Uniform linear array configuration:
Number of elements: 8
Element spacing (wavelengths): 0.5
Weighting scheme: uniform
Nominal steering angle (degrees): -45
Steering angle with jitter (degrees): -46.878
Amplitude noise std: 0.05
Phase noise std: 0.05

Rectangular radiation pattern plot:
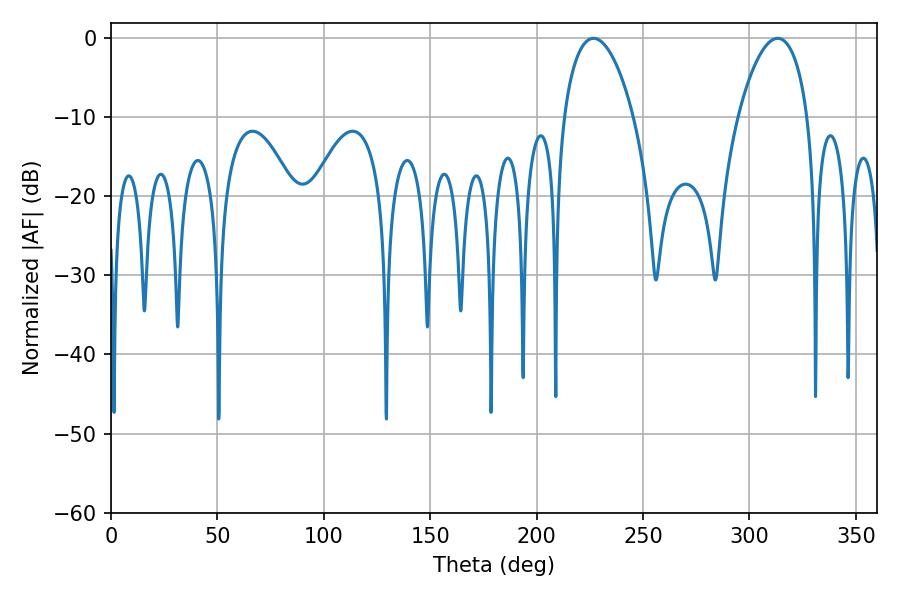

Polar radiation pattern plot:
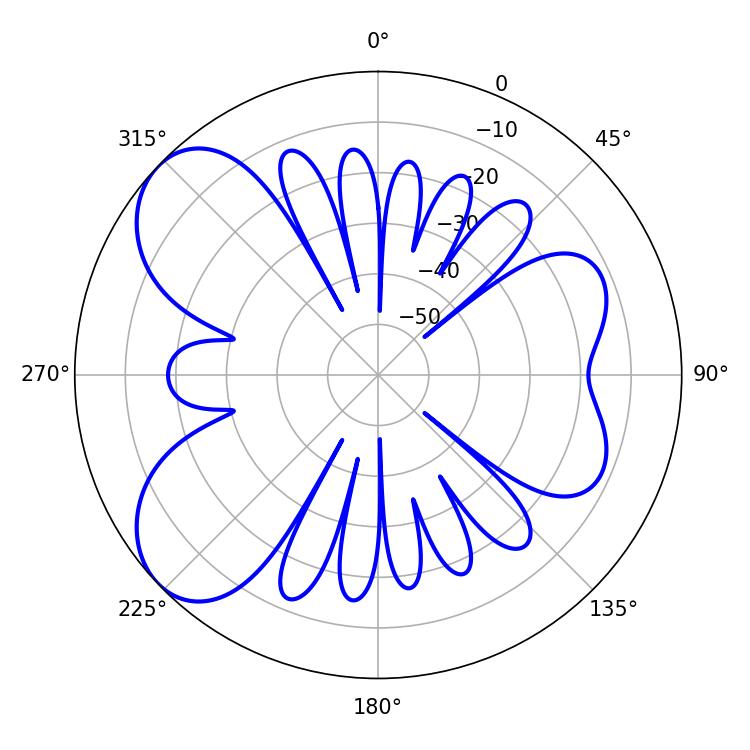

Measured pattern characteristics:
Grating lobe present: FALSE
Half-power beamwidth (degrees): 18.36
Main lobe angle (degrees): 226.8